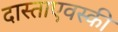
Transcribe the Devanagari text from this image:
दास्ताएवस्की